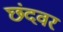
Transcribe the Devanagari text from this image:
छंदवर